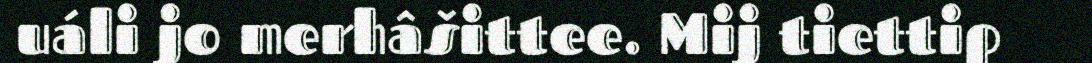
uáli jo merhâšittee. Mij tiettip